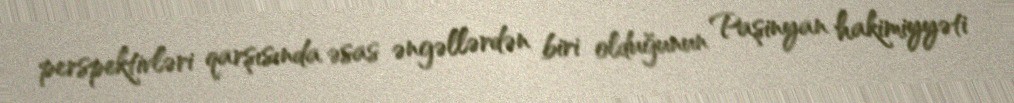
perspektivləri qarşısında əsas əngəllərdən biri olduğunun Paşinyan hakimiyyəti